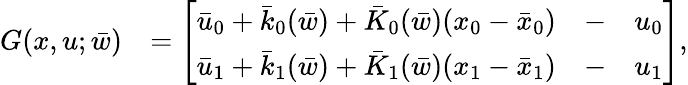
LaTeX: \begin{array}{rl}{G(x,u;\bar{w})}&{=\left[\begin{array}{lll}{\bar{u}_{0}+\bar{k}_{0}(\bar{w})+\bar{K}_{0}(\bar{w})(x_{0}-\bar{x}_{0})}&{-}&{u_{0}}\\ {\bar{u}_{1}+\bar{k}_{1}(\bar{w})+\bar{K}_{1}(\bar{w})(x_{1}-\bar{x}_{1})}&{-}&{u_{1}}\end{array}\right],}\end{array}